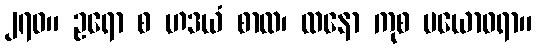
၂၇၀။ ဥရော စ ဟဒယံ စာထ၊ ထနော ကုစ ပယောဓရာ။